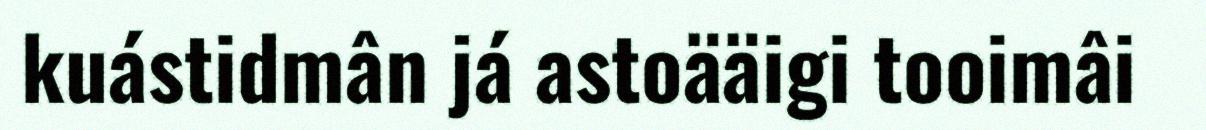
kuástidmân já astoääigi tooimâi